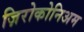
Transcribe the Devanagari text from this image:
ज़िरोकोनिअम